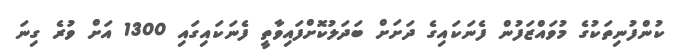
ކުންފުނިތަކުގެ މުވައްޒަފުން ފެނަކައިގެ ދަށަށް ބަދަލުކޮށްފައިވާތީ ފެނަކައިގައި 1300 އަށް ވުރެ ގިނަ